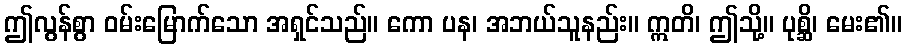
ဤလွန်စွာ ဝမ်းမြောက်သော အရှင်သည်။ ကော ပန၊ အဘယ်သူနည်း။ ဣတိ၊ ဤသို့။ ပုစ္ဆိ၊ မေး၏။